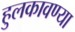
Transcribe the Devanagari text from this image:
हुलकावण्या